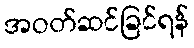
အဝတ်ဆင်ခြင်ရန်